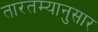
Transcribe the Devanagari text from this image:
तारतम्यानुसार